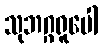
သုဘဂ္ဂရူပေါ